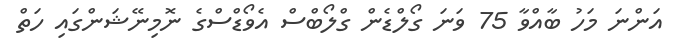
އަންނަ މަހު ބާއްވާ 75 ވަނަ ގޯލްޑެން ގްލޯބްސް އެވޯޑްސްގެ ނޮމިނޭޝަންގައި ހަތް